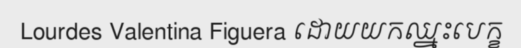
Lourdes Valentina Figuera ដោយយកឈ្នះបេក្ខ